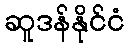
ဆူဒန်နိုင်ငံ